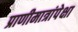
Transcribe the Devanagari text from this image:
प्राणीमात्रांपेक्षा